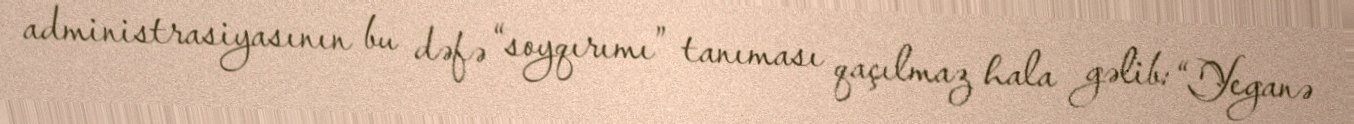
administrasiyasının bu dəfə “soyqırımı” tanıması qaçılmaz hala gəlib: “Yeganə